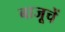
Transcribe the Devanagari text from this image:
बाजूचें